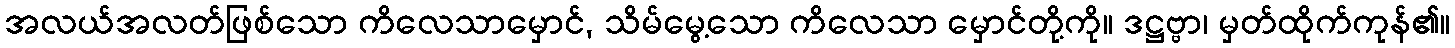
အလယ်အလတ်ဖြစ်သော ကိလေသာမှောင်, သိမ်မွေ့သော ကိလေသာ မှောင်တို့ကို။ ဒဋ္ဌဗ္ဗာ၊ မှတ်ထိုက်ကုန်၏။